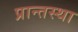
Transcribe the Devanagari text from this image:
प्रान्तस्था